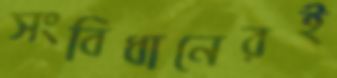
সংবিধানেরই